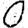
Digit: 0